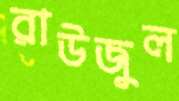
রাউজুল